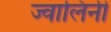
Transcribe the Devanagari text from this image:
ज्वालिनी